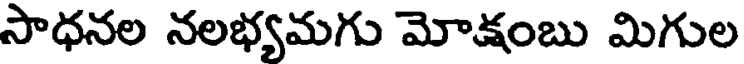
సాధనల నలభ్యమగు మోక్షంబు మిగుల